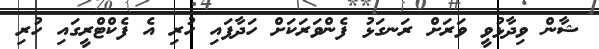
ޝާން ވިދާޅުވީ ވަރަށް ރަނގަޅު ފެންވަރަކަށް ހަދާފައި ހުރި އެ ފެކްޓްރީގައި ހުރި